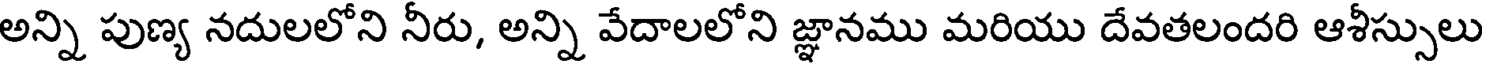
అన్ని పుణ్య నదులలోని నీరు, అన్ని వేదాలలోని జ్ఞానము మరియు దేవతలందరి ఆశీస్సులు